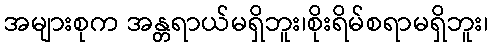
အများစုက အန္တရာယ်မရှိဘူး၊စိုးရိမ်စရာမရှိဘူး၊